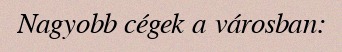
Nagyobb cégek a városban: